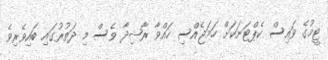
ޓީމުގެ ވައިސް ކެޕްޓަނަކަށް ހަމަޖެއްސި ހައްވާ ރާޝިދާ ވެސް މި ދަތުރުގައި ބައިވެރިވެ